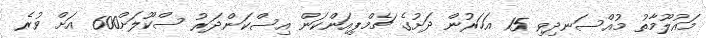
މައުލޫމާތު މުއްސަނދިވި 15 އަހަރުން ދަށުގެ ޗެމްޕިއަންކަން އިސްކަންދަރު ސްކޫލަށް600 އަށް ވުރެ